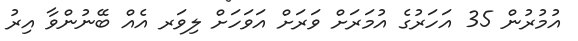
އުމުރުން 35 އަހަރުގެ އުމަރަށް ވަރަށް އަވަހަށް ލިވަރ އެއް ބޭނުންވާ އިރު